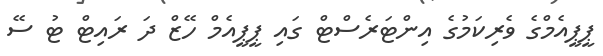
ޕީޕީއެމްގެ ވެރިކަމުގެ އިންޓަރެސްޓް ގައި ޕީޕީއެމް ހޭޒް ދަ ރައިޓް ޓު ސޭ